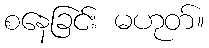
စနေခြင်း မဟုတ်။